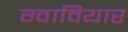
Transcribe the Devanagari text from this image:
ग्वावियार